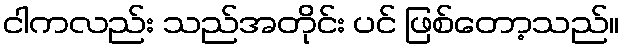
ငါကလည်း သည်အတိုင်း ပင် ဖြစ်တော့သည်။